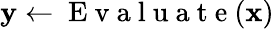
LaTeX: \mathbf{y}\gets\mathrm{{~E~v~a~l~u~a~t~e~}}(\mathbf{{x}})